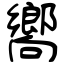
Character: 嚮